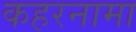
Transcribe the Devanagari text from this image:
कहरनामा